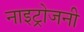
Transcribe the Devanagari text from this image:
नाइट्रोजनी